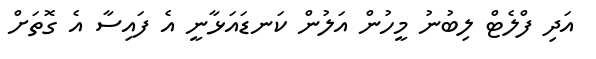
އަދި ފްލެޓް ލިބުނު މީހުން އަލުން ކަނޑައަޅާނީ އެ ފައިސާ އެ ގޮތަށް